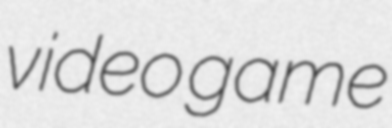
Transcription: video game